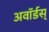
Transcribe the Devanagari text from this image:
अवॉर्डस्